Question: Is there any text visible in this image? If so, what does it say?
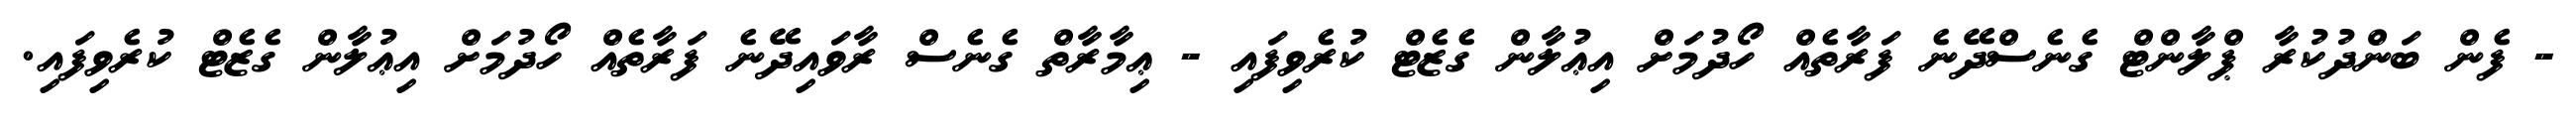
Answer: - ފެން ބަންދުކުރާ ޕްލާންޓް ގެނެސްދޭނެ ފަރާތެއް ހޯދުމަށް އިޢުލާން ގެޒެޓް ކުރެވިފައި - ޢިމާރާތް ގެނެސް ރާވައިދޭނެ ފަރާތެއް ހޯދުމަށް އިޢުލާން ގެޒެޓް ކުރެވިފައި.